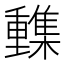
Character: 𨤹